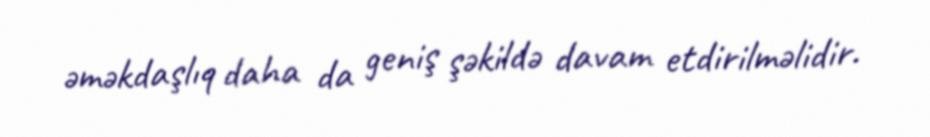
əməkdaşlıq daha da geniş şəkildə davam etdirilməlidir.